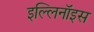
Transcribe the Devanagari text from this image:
इल्लिनॉइस